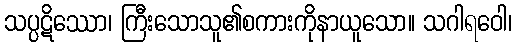
သပ္ပဋိဿော၊ ကြီးသောသူ၏စကားကိုနာယူသော။ သဂါရဝေါ၊